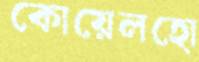
কোয়েলহো